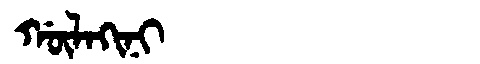
Manchu: ᡤᡡᠯᠠᡴᡳᠨᡳ
Romanization: GŪLAKINI